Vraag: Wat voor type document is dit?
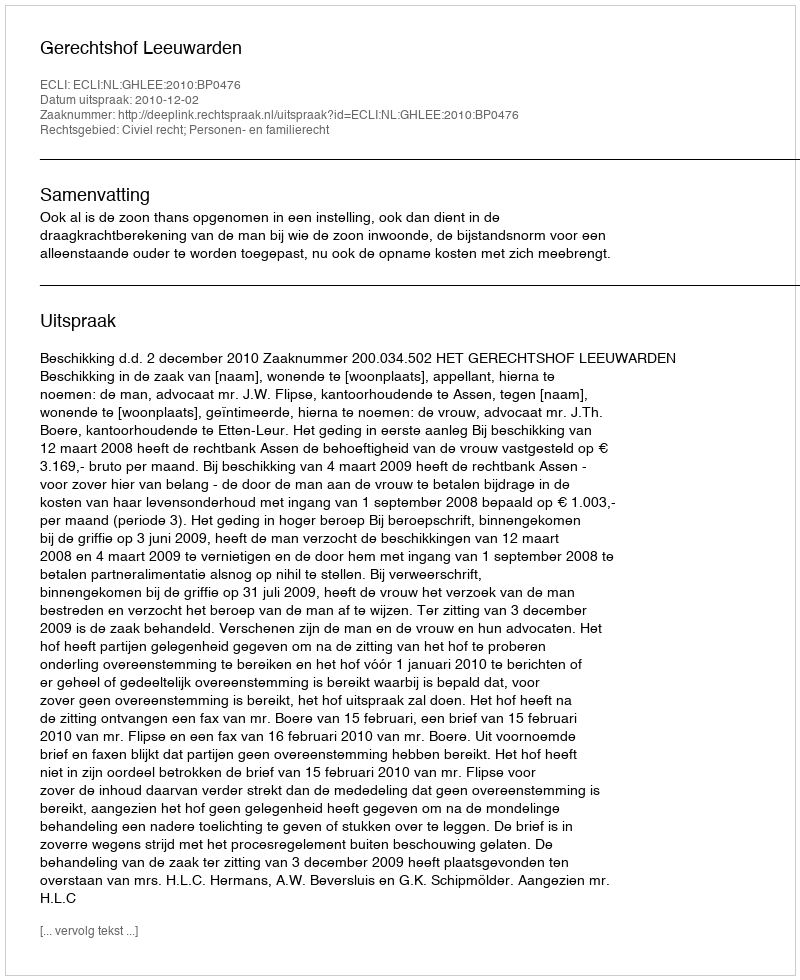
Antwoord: Uitspraak